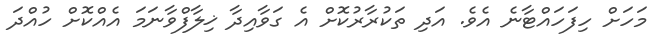
މަހަށް ހިފަހައްޓާނެ އެވެ. އަދި ތަކުރާރުކޮށް އެ ގަވާއިދާ ޚިލާފްވާނަމަ އެއްކޮށް ހުއްދަ